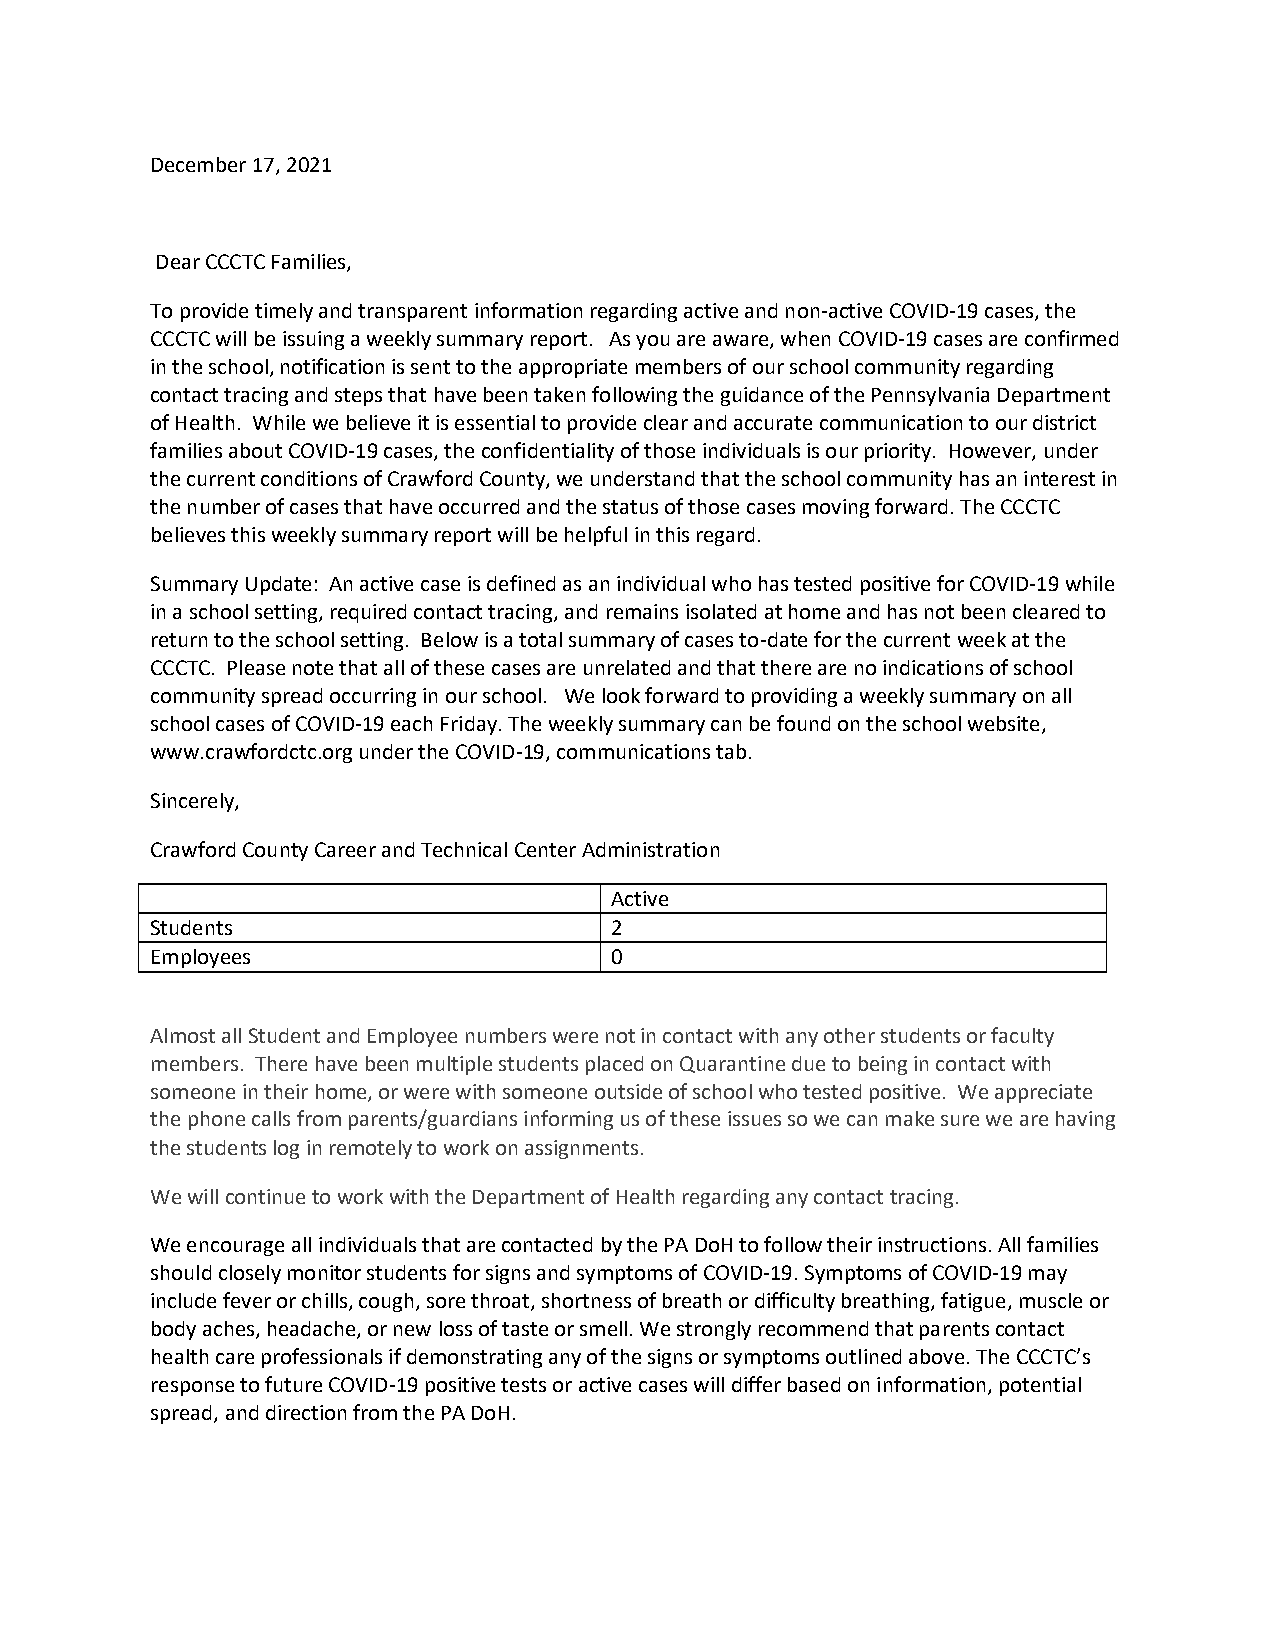
December 17, 2021
 Dear CCCTC Families,
 To provide timely and transparent information regarding active and non-active COVID-19 cases, the
 CCCTC will be issuing a weekly summary report. As you are aware, when COVID-19 cases are confirmed
 in the school, notification is sent to the appropriate members of our school community regarding
 contact tracing and steps that have been taken following the guidance of the Pennsylvania Department
 of Health. While we believe it is essential to provide clear and accurate communication to our district
 families about COVID-19 cases, the confidentiality of those individuals is our priority. However, under
 the current conditions of Crawford County, we understand that the school community has an interest in
 the number of cases that have occurred and the status of those cases moving forward. The CCCTC
 believes this weekly summary report will be helpful in this regard.
 Summary Update: An active case is defined as an individual who has tested positive for COVID-19 while
 in a school setting, required contact tracing, and remains isolated at home and has not been cleared to
 return to the school setting. Below is a total summary of cases to-date for the current week at the
 CCCTC. Please note that all of these cases are unrelated and that there are no indications of school
 community spread occurring in our school. We look forward to providing a weekly summary on all
 school cases of COVID-19 each Friday. The weekly summary can be found on the school website,
 www.crawfordctc.org under the COVID-19, communications tab.
 Sincerely,
 Crawford County Career and Technical Center Administration
 Active
 Students                      2
 Employees                     0
 Almost all Student and Employee numbers were not in contact with any other students or faculty
 members. There have been multiple students placed on Quarantine due to being in contact with
 someone in their home, or were with someone outside of school who tested positive. We appreciate
 the phone calls from parents/guardians informing us of these issues so we can make sure we are having
 the students log in remotely to work on assignments.
 We will continue to work with the Department of Health regarding any contact tracing.
 We encourage all individuals that are contacted by the PA DoH to follow their instructions. All families
 should closely monitor students for signs and symptoms of COVID-19. Symptoms of COVID-19 may
 include fever or chills, cough, sore throat, shortness of breath or difficulty breathing, fatigue, muscle or
 body aches, headache, or new loss of taste or smell. We strongly recommend that parents contact
 health care professionals if demonstrating any of the signs or symptoms outlined above. The CCCTC’s
 response to future COVID-19 positive tests or active cases will differ based on information, potential
 spread, and direction from the PA DoH.